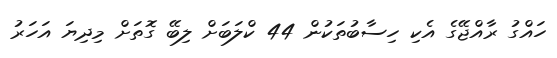
ހައްގު ރާއްޖޭގެ އެކި ހިސާބުތަކުން 44 ކްލަބަށް ލިބޭ ގޮތަށް މިދިޔަ އަހަރު